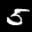
Label: 5